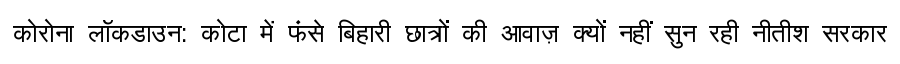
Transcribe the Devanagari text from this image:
कोरोना लॉकडाउन: कोटा में फंसे बिहारी छात्रों की आवाज़ क्यों नहीं सुन रही नीतीश सरकार